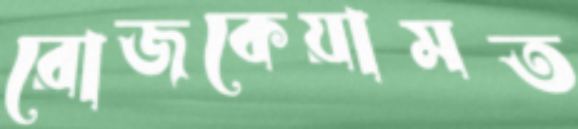
রোজকেয়ামত